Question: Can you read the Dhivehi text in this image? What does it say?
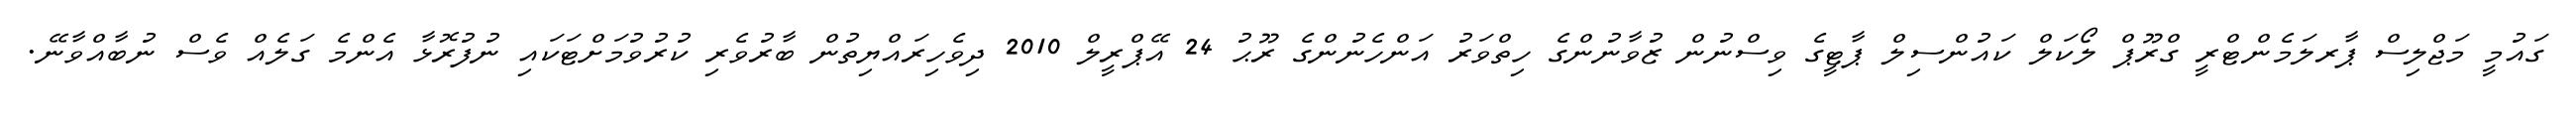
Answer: ގައުމީ މަޖްލިސް ޕާރލަމެންޓްރީ ގްރޫޕް ލޯކަލް ކައުންސިލް ޕާޓީގެ ވިސްނުން ޒުވާނުންގެ ހިތްވަރު އަންހެނުންގެ ރޫޙު 24 އޭޕްރީލް 2010 ދިވެހިރައްޔިތުން ބާރުވެރި ކުރުވުމަށްޓަކައި ނުފުރޮޅާ އެންމެ ގަލެއް ވެސް ނުބާއްވާނޭ.